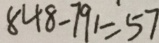
8 4 8 - 7 9 1 = 5 7